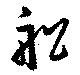
船